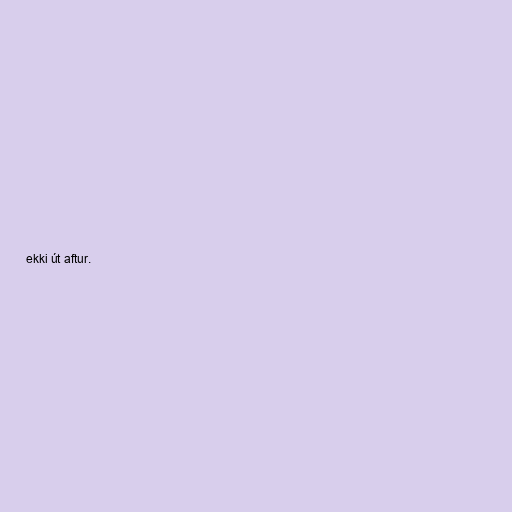
ekki út aftur.